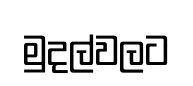
මුදල්වලට